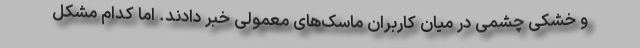
و خشکی چشمی در میان کاربران ماسک‌های معمولی خبر دادند. اما کدام مشکل